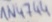
Text: IN4744